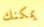
يمكنك